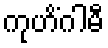
ကုဟိံဂါမီ